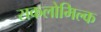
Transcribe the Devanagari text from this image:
सकलोमिल्क